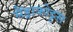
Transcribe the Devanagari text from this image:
सैंड्राकोट्टस